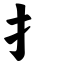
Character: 扌